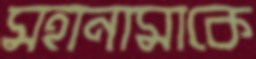
মহানামাকে